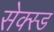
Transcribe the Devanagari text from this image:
सेक्स्ड